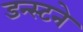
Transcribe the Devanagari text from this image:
डन्स्टने